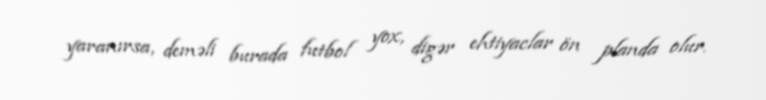
yaranırsa, deməli burada futbol yox, digər ehtiyaclar ön planda olur.